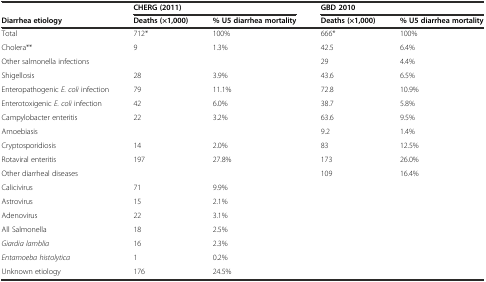
<table><thead><tr><td></td><td colspan="2"><b>CHERG (2011)</b></td><td colspan="2"><b>GBD 2010</b></td></tr><tr><td><b>Diarrhea etiology</b></td><td><b>Deaths (×1,000)</b></td><td><b>% U5 diarrhea mortality</b></td><td><b>Deaths (×1,000)</b></td><td><b>% U5 diarrhea mortality</b></td></tr></thead><tbody><tr><td>Total</td><td>712*</td><td>100%</td><td>666*</td><td>100%</td></tr><tr><td>Cholera**</td><td>9</td><td>1.3%</td><td>42.5</td><td>6.4%</td></tr><tr><td>Other salmonella infections</td><td></td><td></td><td>29</td><td>4.4%</td></tr><tr><td>Shigellosis</td><td>28</td><td>3.9%</td><td>43.6</td><td>6.5%</td></tr><tr><td>Enteropathogenic <i>E. coli</i> infection</td><td>79</td><td>11.1%</td><td>72.8</td><td>10.9%</td></tr><tr><td>Enterotoxigenic <i>E. coli</i> infection</td><td>42</td><td>6.0%</td><td>38.7</td><td>5.8%</td></tr><tr><td>Campylobacter enteritis</td><td>22</td><td>3.2%</td><td>63.6</td><td>9.5%</td></tr><tr><td>Amoebiasis</td><td></td><td></td><td>9.2</td><td>1.4%</td></tr><tr><td>Cryptosporidiosis</td><td>14</td><td>2.0%</td><td>83</td><td>12.5%</td></tr><tr><td>Rotaviral enteritis</td><td>197</td><td>27.8%</td><td>173</td><td>26.0%</td></tr><tr><td>Other diarrheal diseases</td><td></td><td></td><td>109</td><td>16.4%</td></tr><tr><td>Calicivirus</td><td>71</td><td>9.9%</td><td></td><td></td></tr><tr><td>Astrovirus</td><td>15</td><td>2.1%</td><td></td><td></td></tr><tr><td>Adenovirus</td><td>22</td><td>3.1%</td><td></td><td></td></tr><tr><td>All Salmonella</td><td>18</td><td>2.5%</td><td></td><td></td></tr><tr><td><i>Giardia lamblia</i></td><td>16</td><td>2.3%</td><td></td><td></td></tr><tr><td><i>Entamoeba histolytica</i></td><td>1</td><td>0.2%</td><td></td><td></td></tr><tr><td>Unknown etiology</td><td>176</td><td>24.5%</td><td></td><td></td></tr></tbody></table>